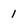
Character: 1